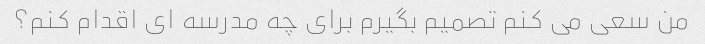
من سعی می کنم تصمیم بگیرم برای چه مدرسه ای اقدام کنم؟